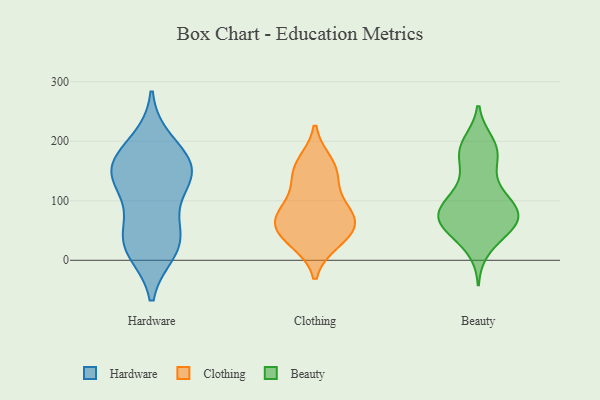
{"axis": {"x": "Energy Usage (MWh)", "y": "Value"}, "legend": ["Beauty", "Clothing", "Hardware"], "data": [{"x": "", "y": 165, "type": "Hardware"}, {"x": "", "y": 18, "type": "Hardware"}, {"x": "", "y": 39, "type": "Hardware"}, {"x": "", "y": 157, "type": "Hardware"}, {"x": "", "y": 145, "type": "Hardware"}, {"x": "", "y": 103, "type": "Hardware"}, {"x": "", "y": 198, "type": "Hardware"}, {"x": "", "y": 36, "type": "Hardware"}, {"x": "", "y": 29, "type": "Hardware"}, {"x": "", "y": 146, "type": "Hardware"}, {"x": "", "y": 147, "type": "Hardware"}, {"x": "", "y": 60, "type": "Clothing"}, {"x": "", "y": 163, "type": "Clothing"}, {"x": "", "y": 55, "type": "Clothing"}, {"x": "", "y": 151, "type": "Clothing"}, {"x": "", "y": 71, "type": "Clothing"}, {"x": "", "y": 38, "type": "Clothing"}, {"x": "", "y": 138, "type": "Clothing"}, {"x": "", "y": 81, "type": "Clothing"}, {"x": "", "y": 32, "type": "Clothing"}, {"x": "", "y": 93, "type": "Clothing"}, {"x": "", "y": 77, "type": "Beauty"}, {"x": "", "y": 189, "type": "Beauty"}, {"x": "", "y": 196, "type": "Beauty"}, {"x": "", "y": 68, "type": "Beauty"}, {"x": "", "y": 21, "type": "Beauty"}, {"x": "", "y": 70, "type": "Beauty"}, {"x": "", "y": 87, "type": "Beauty"}, {"x": "", "y": 105, "type": "Beauty"}, {"x": "", "y": 115, "type": "Beauty"}, {"x": "", "y": 94, "type": "Beauty"}, {"x": "", "y": 82, "type": "Beauty"}, {"x": "", "y": 74, "type": "Beauty"}, {"x": "", "y": 47, "type": "Beauty"}, {"x": "", "y": 61, "type": "Beauty"}, {"x": "", "y": 179, "type": "Beauty"}, {"x": "", "y": 177, "type": "Beauty"}, {"x": "", "y": 183, "type": "Beauty"}, {"x": "", "y": 64, "type": "Beauty"}, {"x": "", "y": 53, "type": "Beauty"}, {"x": "", "y": 139, "type": "Beauty"}]}